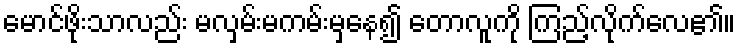
မောင်ဖိုးသာလည်း မလှမ်းမကမ်းမှနေ၍ တောလူကို ကြည့်လိုက်လေ၏။